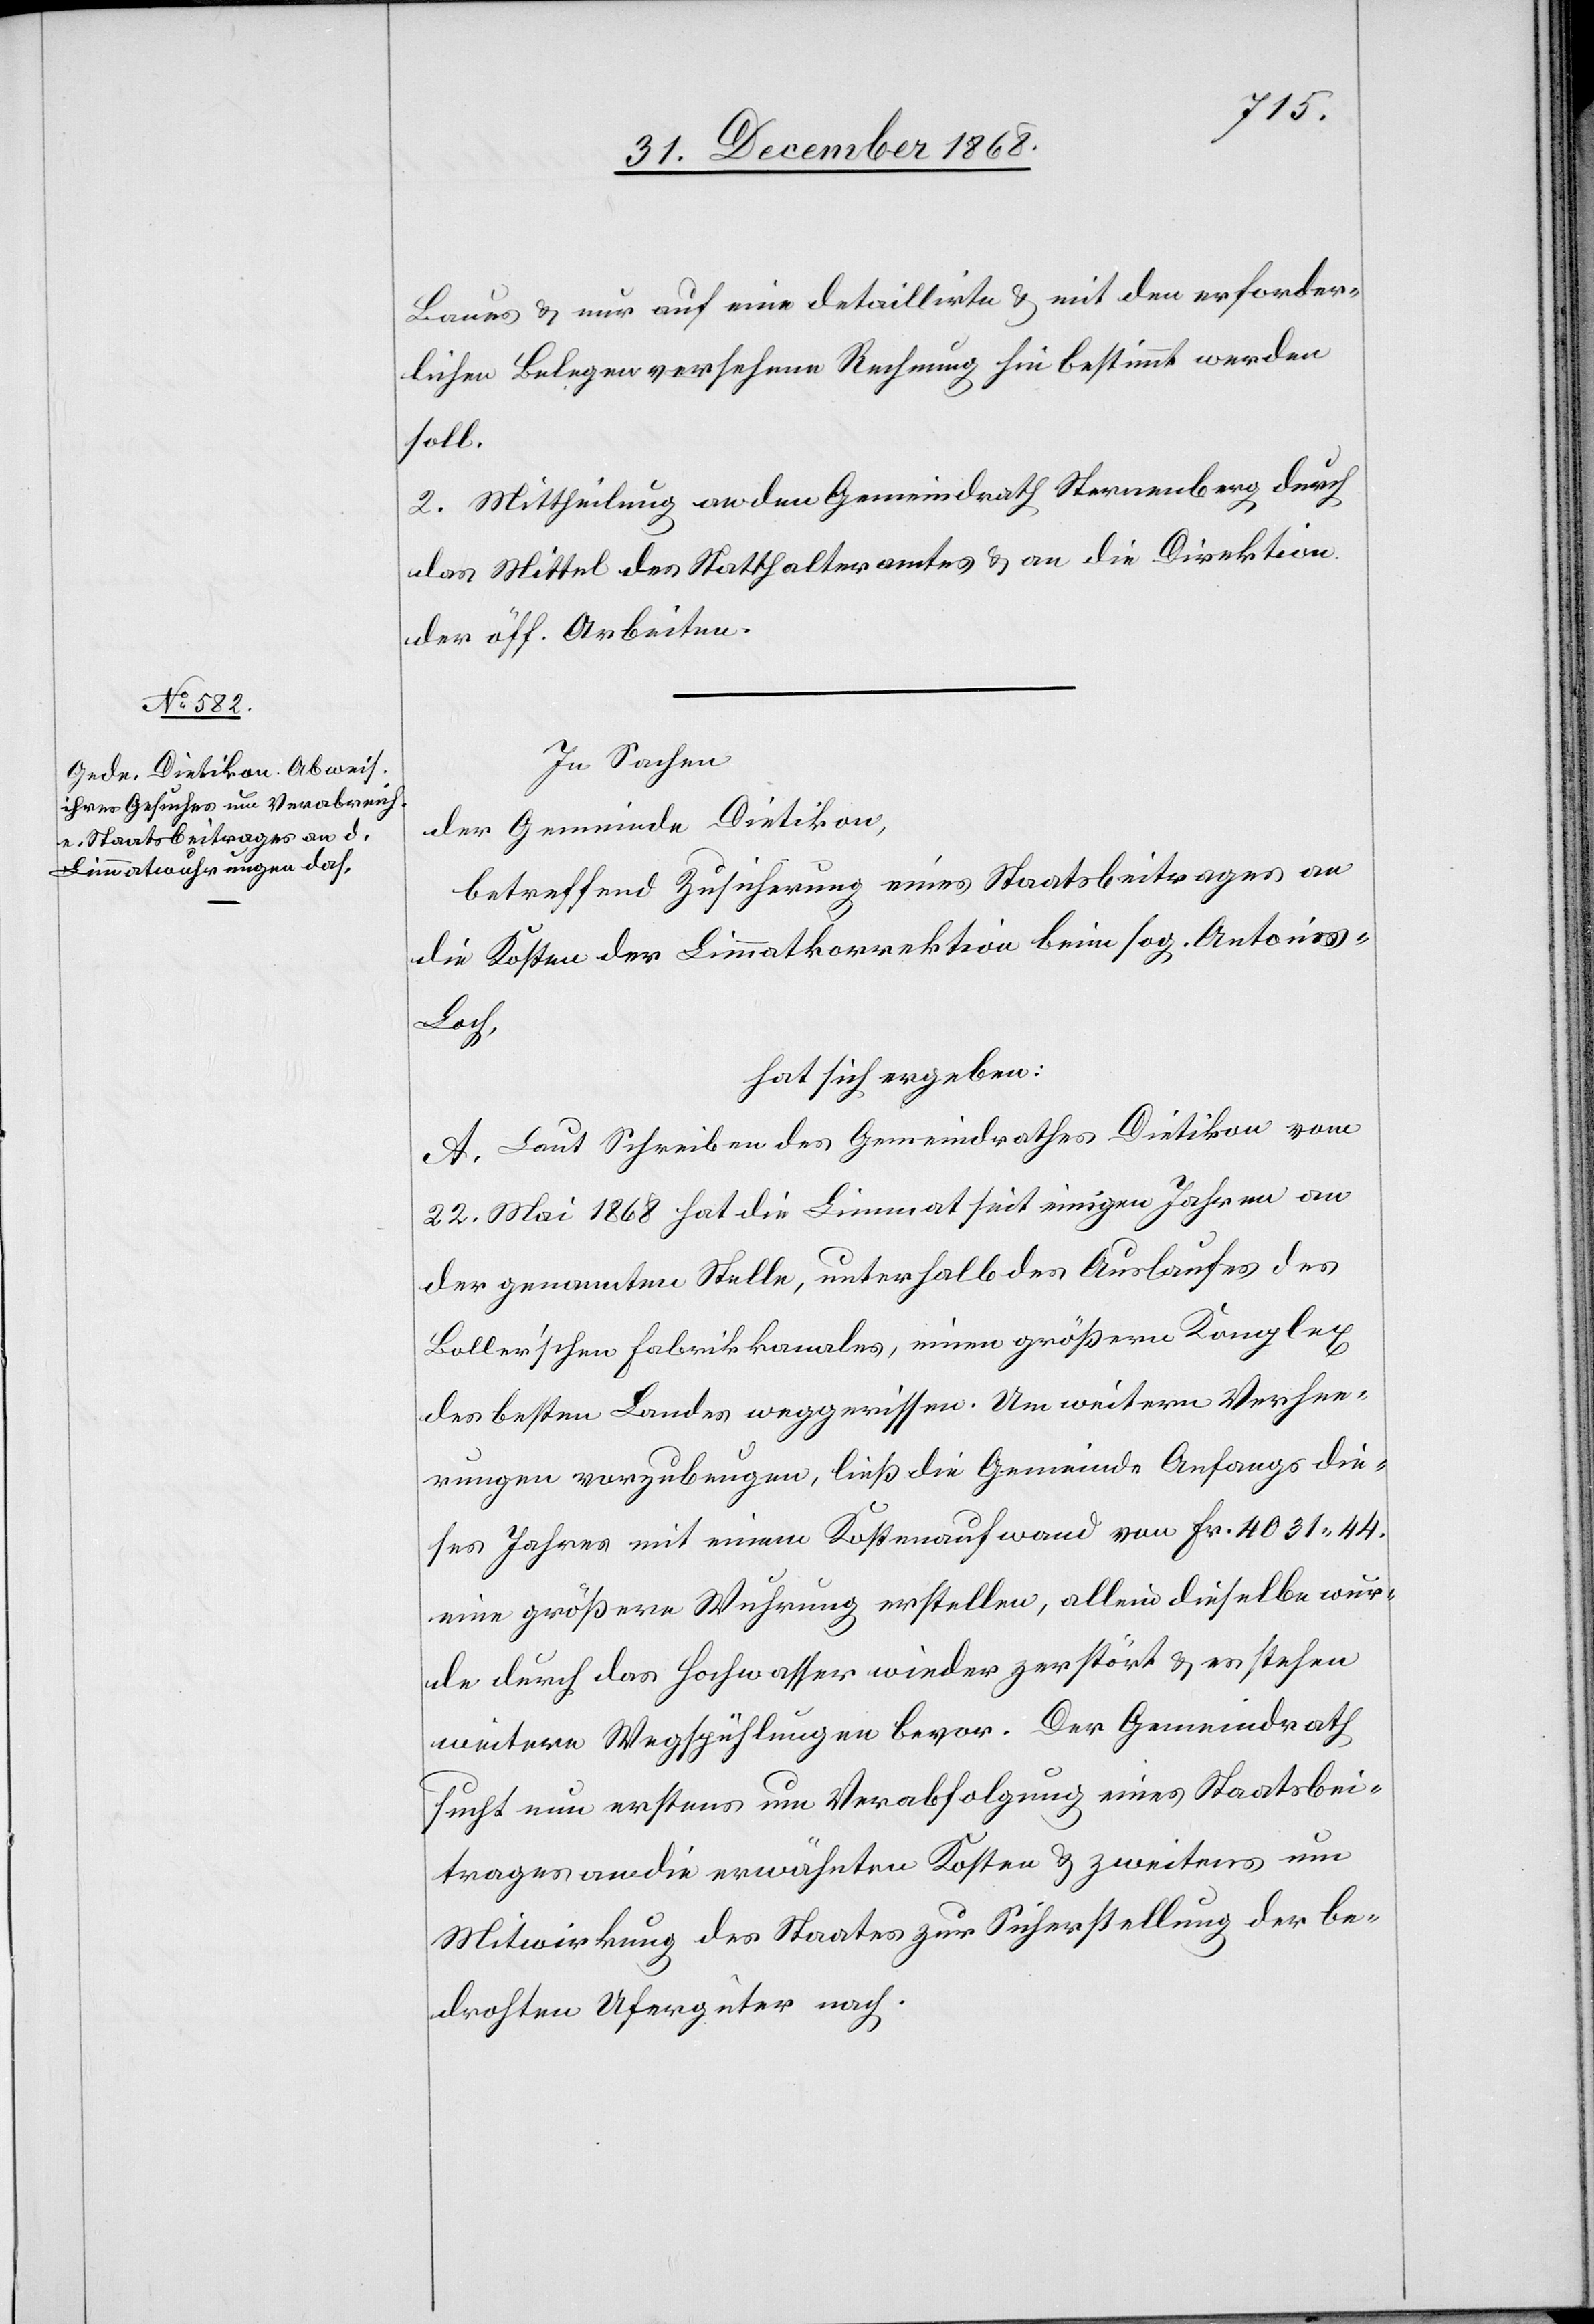
Baues & nur auf eine detaillirte & mit den erforder¬
lichen Belegen versehene Rechnung hin bestimmt werden
soll.
2. Mittheilung an den Gemeindrath Sternenberg durch
das Mittel des Statthalteramtes & an die Direktion
der öff. Arbeiten.
In Sachen
der Gemeinde Dietikon,
betreffend Zusicherung eines Staatsbeitrages an
die Kosten der Limmatkorrektion beim sog. Antoni¬
s-Loch,
hat sich ergeben:
A. Laut Schreiben des Gemeindrathes Dietikon vom
22. Mai 1868 hat die Limmat seit einigen Jahren an
der genannten Stelle, unterhalb des Auslaufes des
Boller’schen Fabrikkanales, einen größern Komplex
des besten Landes weggerissen. Um weitern Verhee¬
rungen vorzubeugen, ließ die Gemeinde Anfangs die¬
ses Jahres mit einem Kostenaufwand von Fr. 4031.44.
eine größere Wuhrung erstellen, allein dieselbe wur¬
de durch das Hochwasser wieder zerstört & es stehen
weitere Wegspühlungen bevor. Der Gemeindrath
sucht nun erstens um Verabfolgung eines Staatsbei¬
trages an die erwähnten Kosten & zweitens um
Mitwirkung des Staates zur Sicherstellung der be¬
drohten Ufergüter nach.